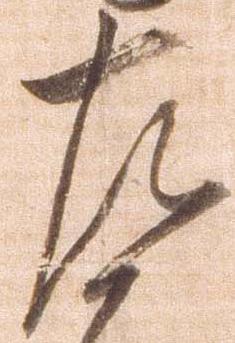
左